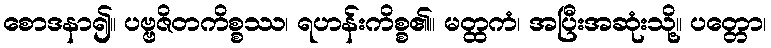
စောဒနာ၍။ ပဗ္ဗဇိတကိစ္စဿ၊ ရဟန်းကိစ္စ၏။ မတ္ထကံ၊ အပြီးအဆုံးသို့။ ပတ္တော၊